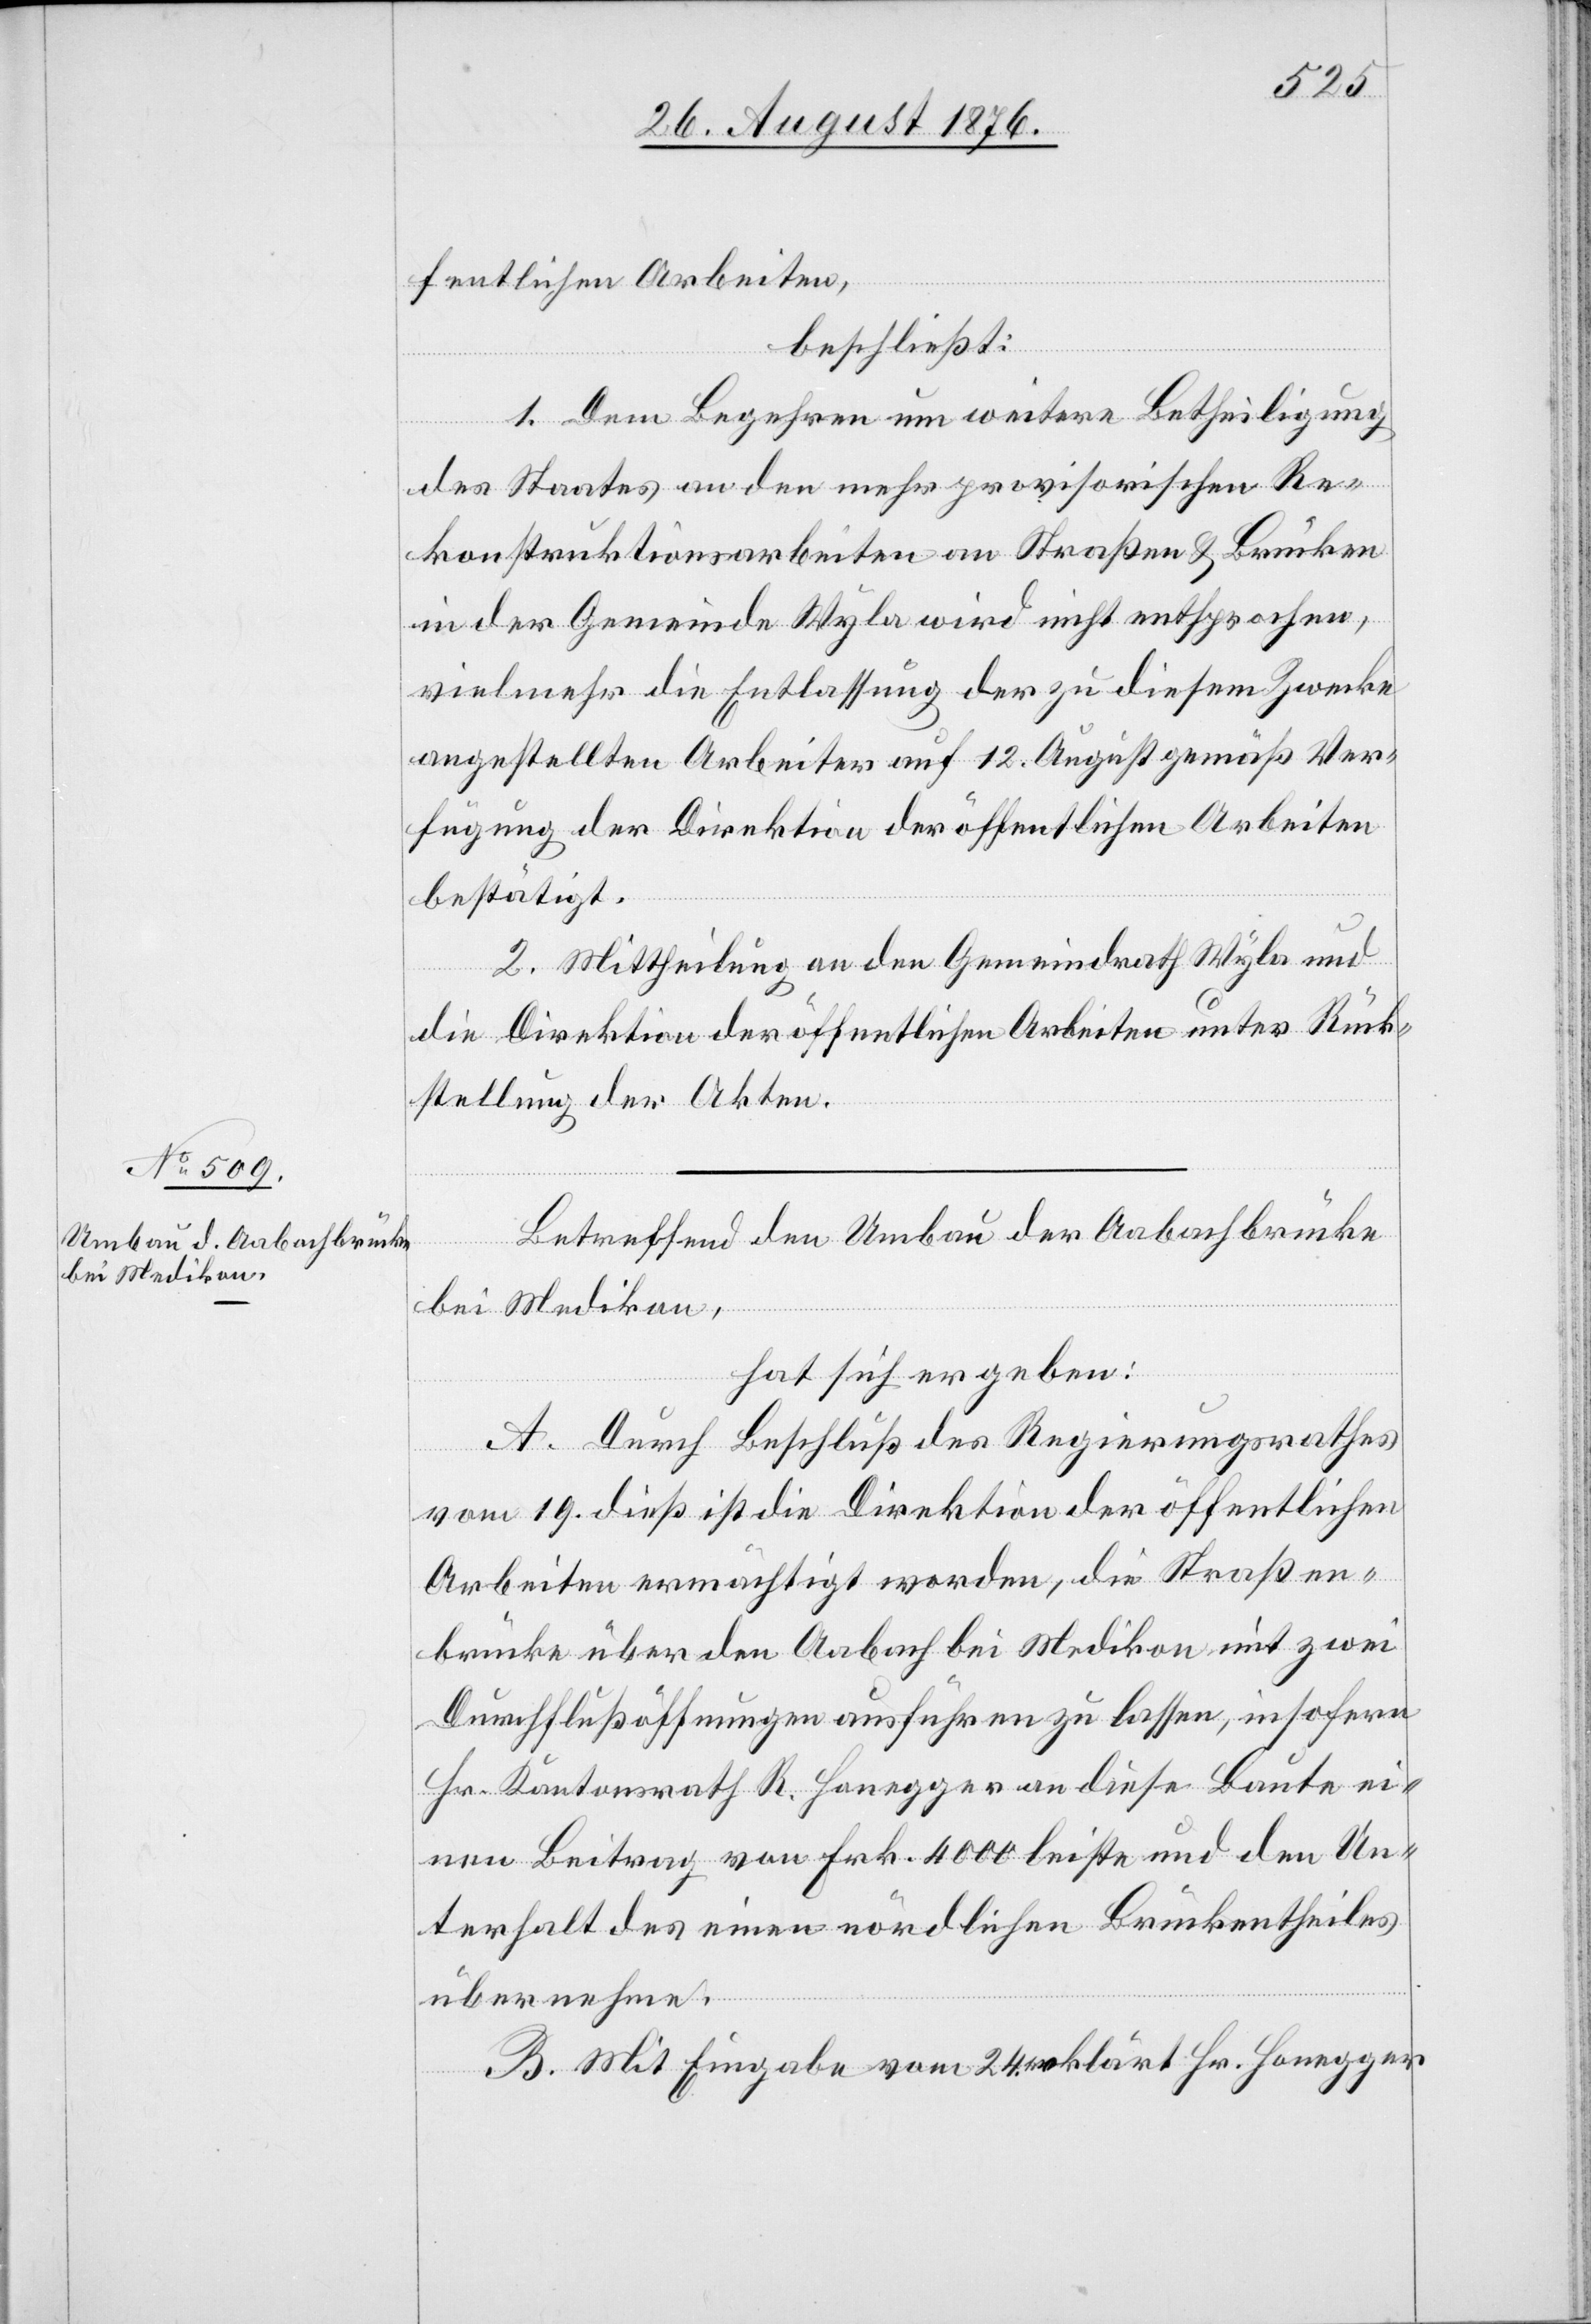
fentlichen Arbeiten,
beschließt:
1. Dem Begehren und weitere Betheiligung
des Staates an den mehr provisorischen Re¬
konstruktionsarbeiten an Straßen & Brücken
in der Gemeinde Wyla wird nicht entsprochen,
vielmehr die Entlassung der zu diesem Zwecke
angestellten Arbeiter auf 12. August gemäß Ver¬
fügung der Direktion der öffentlichen Arbeiten
bestätigt.
2. Mittheilung an den Gemeindrath Wyla und
die Direktion der öffentlichen Arbeiten unter Rück¬
stellung der Akten.
Betreffend den Umbau der Aabachbrücke
bei Medikon,
hat sich ergeben:
A. Durch Beschluß des Regierungsrathes
vom 19. dieß ist die Direktion der öffentlichen
Arbeiten ermächtigt worden, die Straßen¬
brücke über den Aabach bei Medikon mit zwei
Durchflußöffnungen ausführen zu lassen, insofern
Hr. Kantonsrath R. Honegger an diese Baute ei¬
nen Beitrag von Frk. 4000 leiste und den Un¬
terhalt des einen nördlichen Brückentheiles
übernehme.
B. Mit Eingabe vom 24. erklärt Hr. Honegger